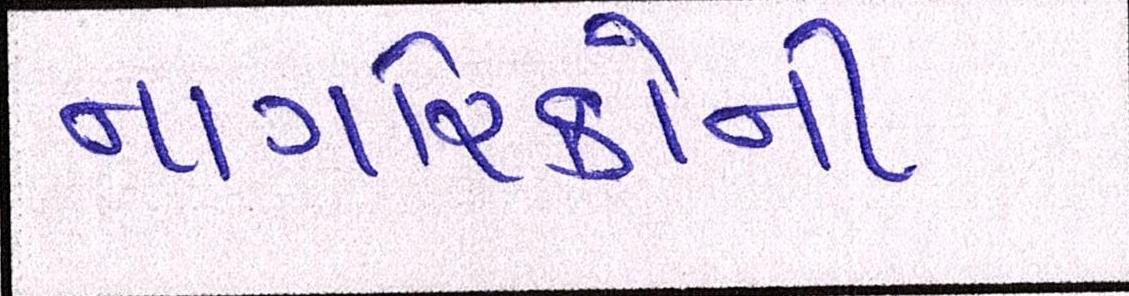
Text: નાગરિકોની